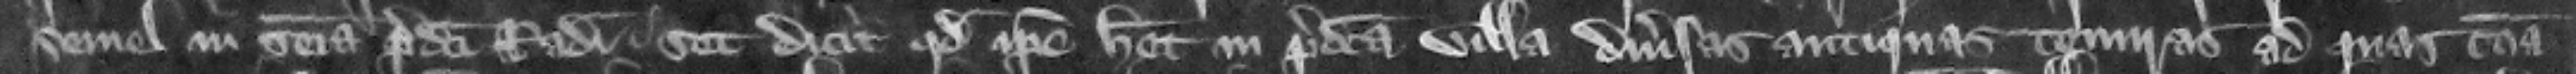
semel in seisina predicti Radulfi. Set dicit quod ipse habet in predicta villa diuersas antiquas tenuras ad quas communa